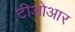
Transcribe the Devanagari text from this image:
टीओआर